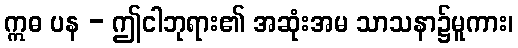
ဣဓ ပန - ဤငါဘုရား၏ အဆုံးအမ သာသနာ၌မူကား၊